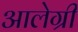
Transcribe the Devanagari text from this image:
आलेग्री